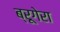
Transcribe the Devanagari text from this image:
ब्रूगेरा